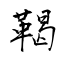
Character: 鞨